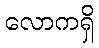
လောကရှိ